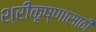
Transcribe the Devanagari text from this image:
श्रीकृष्णासाठी